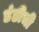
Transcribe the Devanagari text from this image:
डंडीची